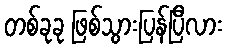
တစ်ခုခု ဖြစ်သွားပြန်ပြီလား